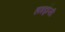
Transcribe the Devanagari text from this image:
हाइड्रॉप्सी